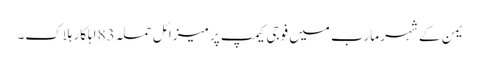
یمن کے شہر مارب میں فوجی کیمپ پر میزائل حملہ 83 اہلکار ہلاک۔